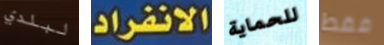
لبلدي الانفراد للحماية فقط